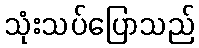
သုံးသပ်ပြောသည်